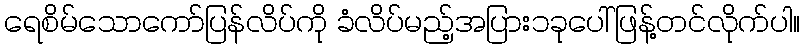
ရေစိမ်သောကော်ပြန်လိပ်ကို ခံလိပ်မည့်အပြား၁ခုပေါ်ဖြန့်တင်လိုက်ပါ။